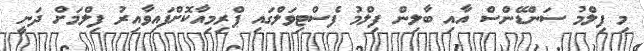
މި ފިލްމު ސަންޑޭންސް އާއި ބާލިން ފިލްމު ފެސްޓިވަލްގައި ޕްރިމިއާކޮށްފައިވާއިރު ފިލްމަށް ދަނީ